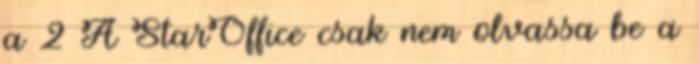
a 2 A StarOffice csak nem olvassa be a